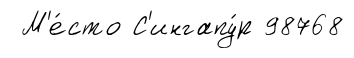
М'е́сто С'ингапу́р 98768